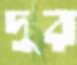
দুর